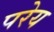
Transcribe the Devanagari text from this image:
परेय